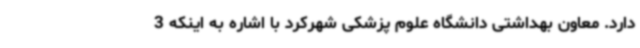
دارد. معاون بهداشتی دانشگاه علوم پزشکی شهرکرد با اشاره به اینکه 3